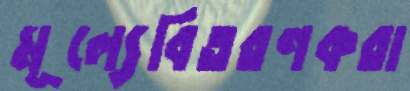
মূল্যেবিতরণকরা